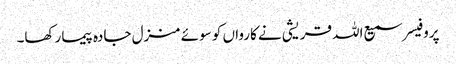
پروفیسر سمیع اللہ قریشی نے کارواں کو سوئے منزل جادہ پیما رکھا۔